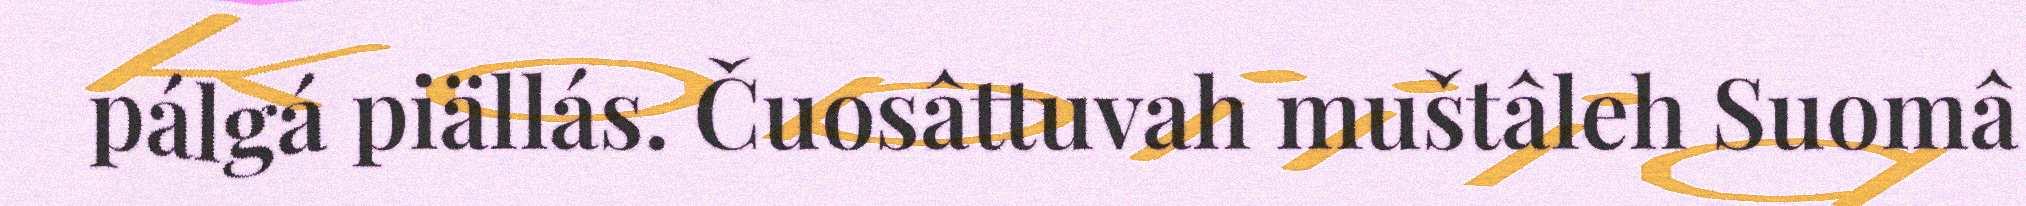
pálgá piällás. Čuosâttuvah muštâleh Suomâ